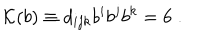
LaTeX: { \cal { K } } ( b ) \equiv d _ { i j k } b ^ { i } b ^ { j } b ^ { k } = 6 \; .